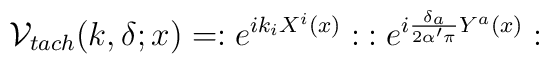
{\cal V}_{tach}(k,\delta ;x)=:e^{ik_{i}X^{i}(x)}:\: :e^{i\frac{\delta _{a}}{2\alpha '\pi }Y^{a}(x)}: